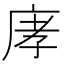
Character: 庨